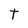
Character: t